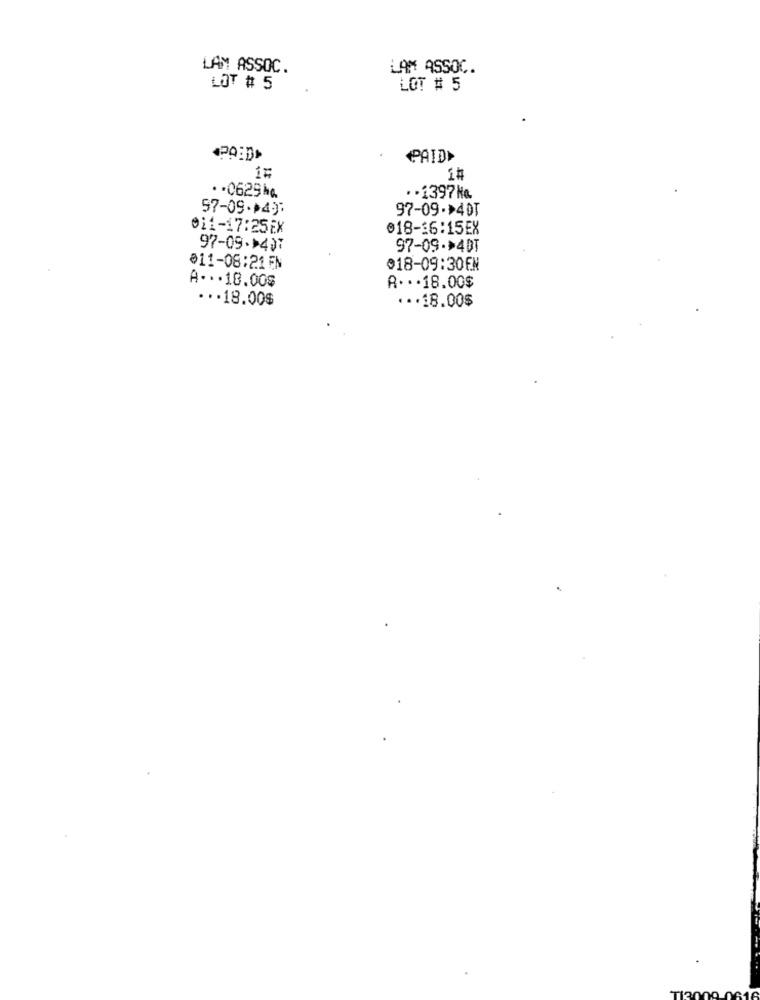
LAM ASSOC.
LAM ASSOC.
LOT # 5
LOT # 5
PAID>
1#
. . 0629 kg
.1397 Ha
57-09.149;
97-09->40T
011-17:25EX
018-16:15EX
97-09->407
97-09->40T
011-08:21 EN
018-09:30EN
A ... 18.00$
A· · · 18.00$
... 18.00$
... 18.00$